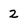
Character: 2